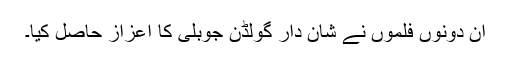
ان دونوں فلموں نے شان دار گولڈن جوبلی کا اعزاز حاصل کیا۔